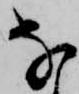
な